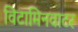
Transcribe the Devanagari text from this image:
विटामिनवाटर